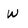
Character: w